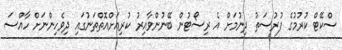
ސްކޭޓް ކުރުމުގެ ފުރުސަތު ދިނުމަށް އެ ރިސޯޓުން ބޭނުންވާއިރު ކުރިއަށްއޮތްތަނުގައި ދިވެހިންނަށް ހާއްސަ